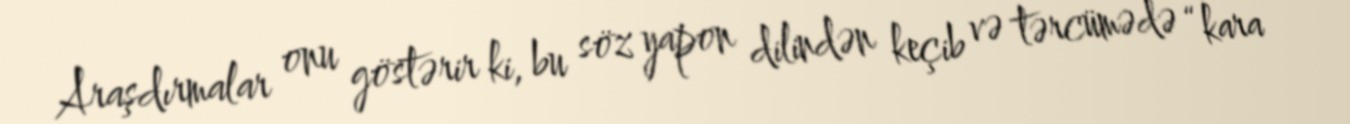
Araşdırmalar onu göstərir ki, bu söz yapon dilindən keçib və tərcümədə “kara -